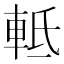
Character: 軧